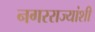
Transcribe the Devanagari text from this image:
नगरराज्यांशी